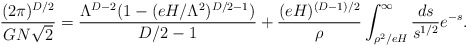
\begin{align*}\frac{(2\pi)^{D/2}}{G N \sqrt{2}} = \frac{\Lambda^{D-2}(1 - (eH/\Lambda^2)^{D/2 - 1})}{D/2 - 1} +\frac{(eH)^{(D-1)/2}}{\rho} \int_{\rho^2/eH}^{\infty} \frac{ds}{s^{1/2}} e^{-s}.\end{align*}